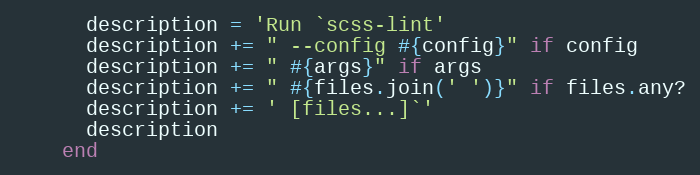
Language: Ruby
      description = 'Run `scss-lint'
      description += " --config #{config}" if config
      description += " #{args}" if args
      description += " #{files.join(' ')}" if files.any?
      description += ' [files...]`'
      description
    end